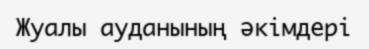
Жуалы ауданының әкімдері